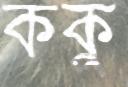
ককু